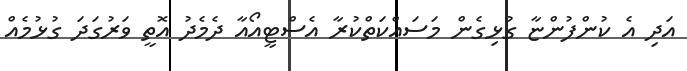
އަދި އެ ކުންފުންޏާ ގުޅިގެން މަސައްކަތްކުރާ އެސްޓީއޯއާ ދެމެދު އޮތީ ވަރުގަދަ ގުޅުމެއް